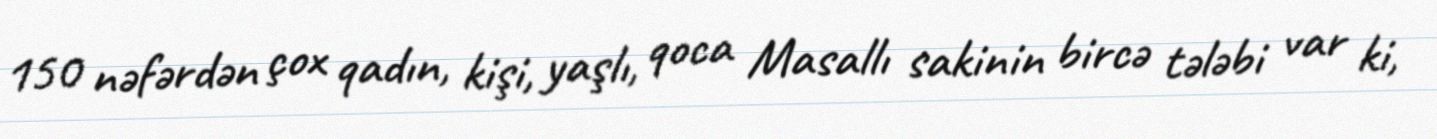
150 nəfərdən çox qadın, kişi, yaşlı, qoca Masallı sakinin bircə tələbi var ki,